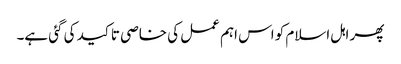
پھر اہل اسلام کو اس اہم عمل کی خاصی تاکید کی گئی ہے۔